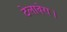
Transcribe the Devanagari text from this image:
टेलावेरा।